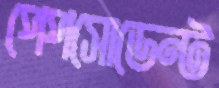
পেপসোডেন্ট